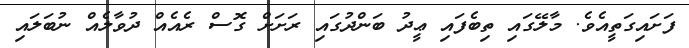
ފަށައިގަތީއެވެ. މާލޭގައި ތިބެފައި ޢީދު ބަންދުގައި ރަށަށް ގޮސް ރެއެއް ދުވާލެއް ނުބަލައި